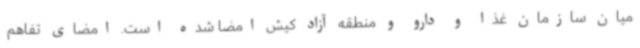
میان سازمان غذا و دارو و منطقه آزاد کیش امضا شده است. امضای تفاهم